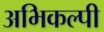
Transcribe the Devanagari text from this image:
अभिकल्पी